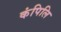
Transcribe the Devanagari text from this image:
कंपिलि